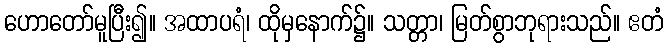
ဟောတော်မူပြီး၍။ အထာပရံ၊ ထိုမှနောက်၌။ သတ္တာ၊ မြတ်စွာဘုရားသည်။ ဧတံ